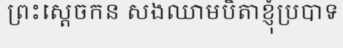
ព្រះស្តេចកន សងឈាមបិតាខ្ញុំប្របាទ